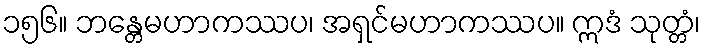
၁၅၆။ ဘန္တေမဟာကဿပ၊ အရှင်မဟာကဿပ။ ဣဒံ သုတ္တံ၊